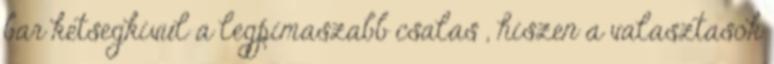
bar ketsegkivul a legpimaszabb csalas , hiszen a valasztasok